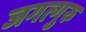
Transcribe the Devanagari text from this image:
जगत्गुरु